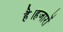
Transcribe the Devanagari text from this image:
है।हजारों